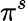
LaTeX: \pi^{s}